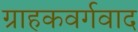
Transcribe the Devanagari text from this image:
ग्राहकवर्गवाद